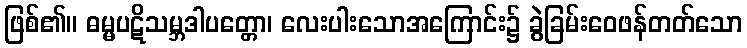
ဖြစ်၏။ ဓမ္မပဋိသမ္ဘဒါပတ္တော၊ လေးပါးသောအကြောင်း၌ ခွဲခြမ်းဝေဖန်တတ်သော